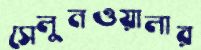
সেলুনওয়ালার